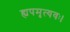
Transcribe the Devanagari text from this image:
ह्यपमृत्यवः।